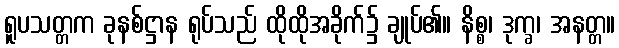
ရူပသတ္တက ခုနစ်ဋ္ဌာန ရုပ်သည် ထိုထိုအခိုက်၌ ချုပ်၏။ နိစ္စ၊ ဒုက္ခ၊ အနတ္တ။